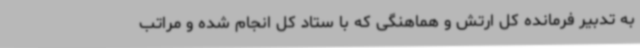
به تدبیر فرمانده کل ارتش و هماهنگی که با ستاد کل انجام شده و مراتب